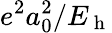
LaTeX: e^{2}a_{0}^{2}/E_{\mathrm{~h~}}